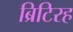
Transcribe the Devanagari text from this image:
ब्रिटिरह